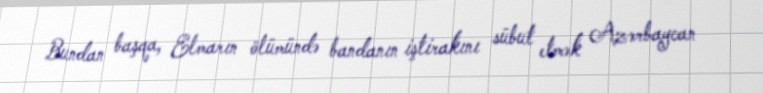
Bundan başqa, Elmarın ölümündə bandanın iştirakını sübut etmək Azərbaycan